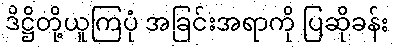
ဒိဋ္ဌိတို့ယူကြပုံ အခြင်းအရာကို ပြဆိုခန်း